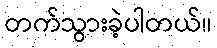
တက်သွားခဲ့ပါတယ်။